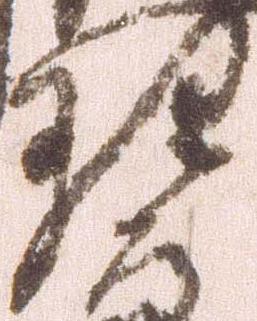
理